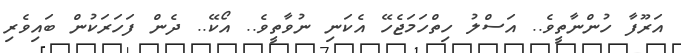
އަރޫފާ ހުންނާތީވެ.. އަސްލު ހިތްހަމަޖެހޭ އެކަނި ނުވާތީވެ.. އޯކޭ.. ދެން ފަހަރަކުން ބައިވެރި